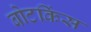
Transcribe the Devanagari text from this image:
बोटकिंस